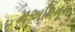
મઅમિનૂન